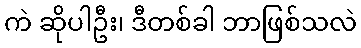
ကဲ ဆိုပါဦး၊ ဒီတစ်ခါ ဘာဖြစ်သလဲ